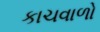
કાચવાળો